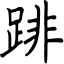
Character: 䠊